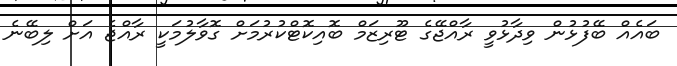
ބައެއް ބޭފުޅުން ވިދާޅުވީ ރާއްޖޭގެ ޓޫރިޒަމް ބޮއިކޮޓްކުރުމަށް ގޮވާލުމަކީ ރާއްޖެ އަށް ލިބޭނެ